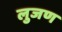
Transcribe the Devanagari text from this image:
लुजण